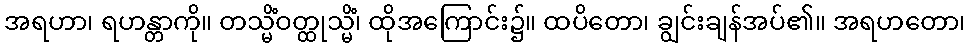
အရဟာ၊ ရဟန္တာကို။ တသ္မိံဝတ္ထုသ္မိံ၊ ထိုအကြောင်း၌။ ထပိတော၊ ချွင်းချန်အပ်၏။ အရဟတော၊